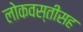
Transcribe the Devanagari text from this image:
लोकवस्तीसह